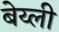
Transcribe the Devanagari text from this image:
बेय्ली